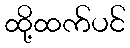
ထို့ထက်ပင်